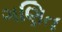
ગણિત